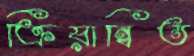
ক্রিয়ান্বিত